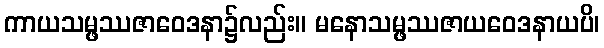
ကာယသမ္ဖဿဇာဝေဒနာ၌လည်း။ မနောသမ္ဖဿဇာယဝေဒနာယပိ၊